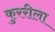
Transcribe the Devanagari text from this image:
कुररीला